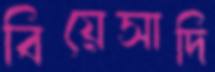
বিয়েসাদি